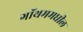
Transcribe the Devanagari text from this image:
गॉथममधील